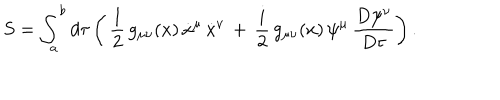
S = \int _ { a } ^ { b } d \tau \left( \, { \frac { 1 } { 2 } } \, g _ { \mu \nu } ( x ) \, \dot { x } ^ { \mu } \, \dot { x } ^ { \nu } \, + \, { \frac { i } { 2 } } \, g _ { \mu \nu } ( x ) \, \psi ^ { \mu } \, { \frac { D \psi ^ { \nu } } { D \tau } } \right) .